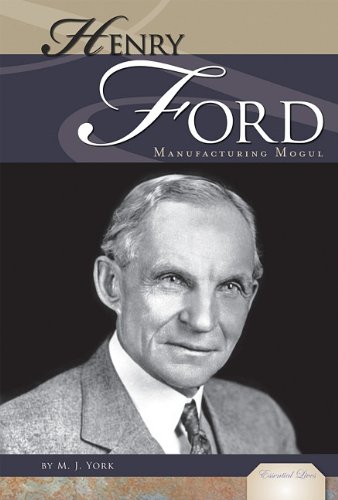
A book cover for Henry Ford: Manufacturing Mogul (Essential Lives); M. J. York; Teen & Young Adult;